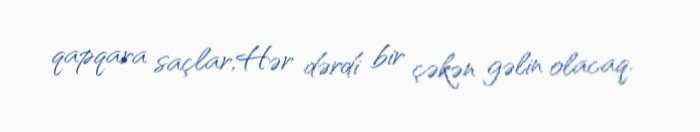
qapqara saçlar,Hər dərdi bir çəkən gəlin olacaq.